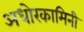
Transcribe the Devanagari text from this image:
अधोरकामिनी